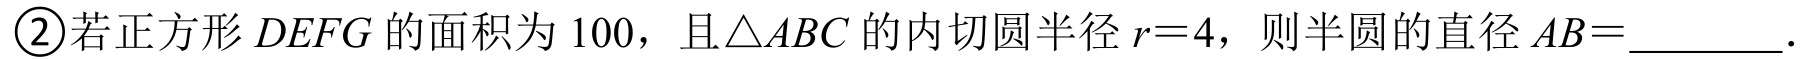
\textcircled{2}若正方形$DEFG$的面积为$100$，且$\triangle ABC$的内切圆半径$r = 4$，则半圆的直径$AB = \_\_\_\_\_$.